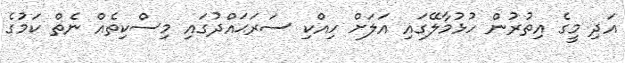
އަދި މީގެ އިތުރުން ހުޅުމާލޭގައި އަލަށް ހިއްކި ސަރަޙައްދުގައި މިސްކިތެއް ނެތް ކަމުގެ